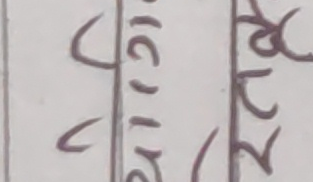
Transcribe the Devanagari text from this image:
२२४